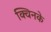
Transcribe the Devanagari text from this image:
क्विनके